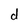
Character: d